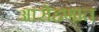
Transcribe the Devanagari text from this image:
आरोहणात